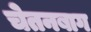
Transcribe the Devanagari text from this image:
चेतनबाग